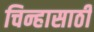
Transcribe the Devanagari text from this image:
चिन्हासाठी